Annual report of the Prince of Wales Medical College, Patna
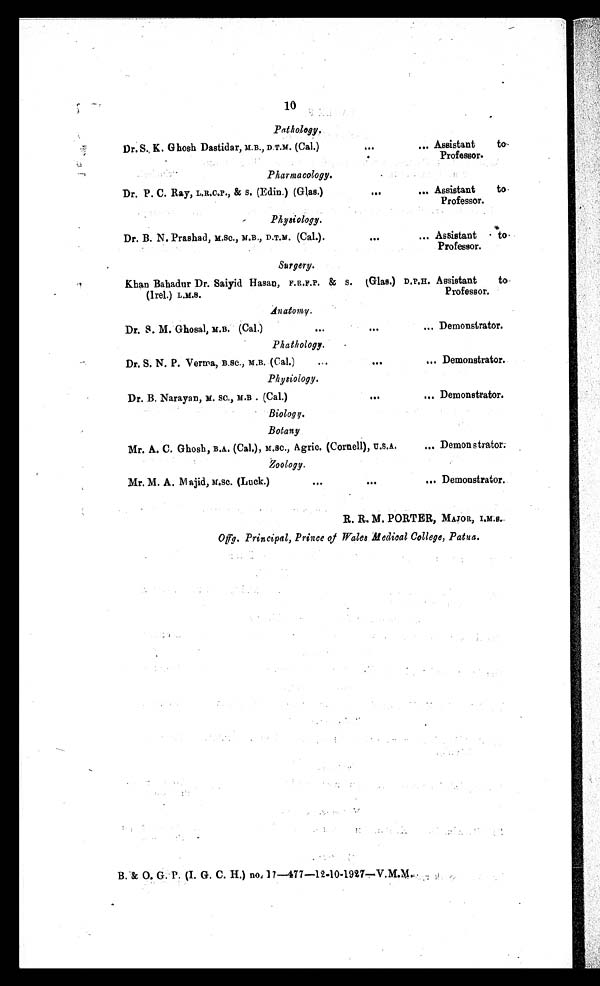
10
Pathology.
Dr. S., K. Ghosh Dastidar, M.B., D.T.M. (Cal.)
...
... Assistant to
Professor.
Pharmacology.
Dr. P. C. Ray, L.R.C.P., & S. (Edin.) (Glas.)
...
... Assistant to
Professor.
Physiology.
Dr. B. N. Prashad, M.SC., M.B., D.T.M. (Cal.).
. . .
... Assistant to
Professor.
Surgery.
Khan Bahadur Dr. Saiyid Hasan, F.R.F.P. & S. Glas.) D.P.H.
(Irel.) L.M.S.
Assistant to
Professor.
Anatomy.
Dr. S. M. Ghosal, M.B. (Cal.)
. . .
. . .
... Demonstrator.
Phathology.
Dr. S. N. P. Verma, B.SC., M.B. (Cal.)
...
. . .
... Demonstrator.
Physiology.
Dr. B. Narayan, M. SC., M.B . (Cal.)
. . .
... Demonstrator.
Biology.
Botany.
Mr. A. C. Ghosh, B.A. (Cal.), M.SC., Agric. (Cornell), U.S.A.
... Demonstrator.
Zoology.
Mr. M. A. Majid, M.SC. (Luck.)
. . .
...
... Demonstrator.
R. R. M. PORTER, MAJOR, I.M.S.
Offg. Principal, Prince of Wales Medical College, Patna.
B. & O. G. P. (I. G. C. H.) no. 17—477—12-10-1927—V.M.M.